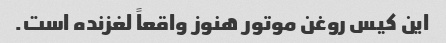
این کیس روغن موتور هنوز واقعاً لغزنده است.